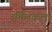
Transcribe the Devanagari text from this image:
उर्मिलकला